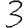
Digit: 3